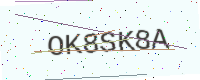
Text: OK8SK8A